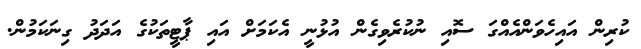
ކުރިން އައިހެވަންއެއްގަ ސޮއި ނުކުރެވިގެން އުޅުނީ އެކަމަށް އައި ޕާޓީތަކުގެ އަދަދު ގިނަކަމުން.